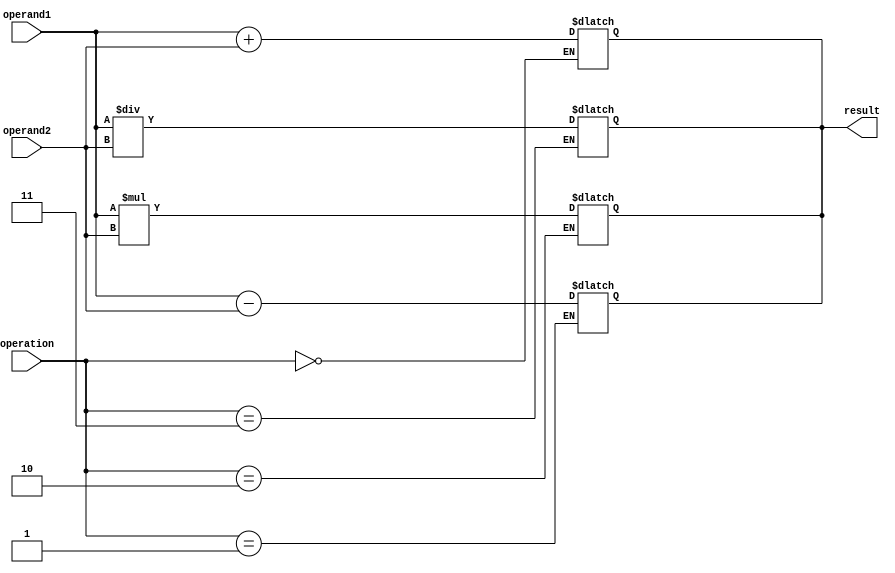
module QuadruplePrecisionFloatingPointUnit(
    input wire [127:0] operand1,
    input wire [127:0] operand2,
    input wire [2:0] operation,
    output reg [127:0] result
);

// Adder block for addition operation
always @*
begin
    if(operation == 3'b000) // Addition
        result = operand1 + operand2;
end

// Subtractor block for subtraction operation
always @*
begin
    if(operation == 3'b001) // Subtraction
        result = operand1 - operand2;
end

// Multiplier block for multiplication operation
always @*
begin
    if(operation == 3'b010) // Multiplication
        result = operand1 * operand2;
end

// Divider block for division operation
always @*
begin
    if(operation == 3'b011) // Division
        result = operand1 / operand2;
end

endmodule